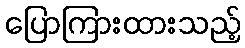
ပြောကြားထားသည့်